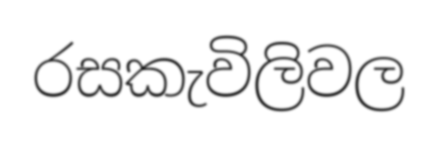
රසකැවිලිවල